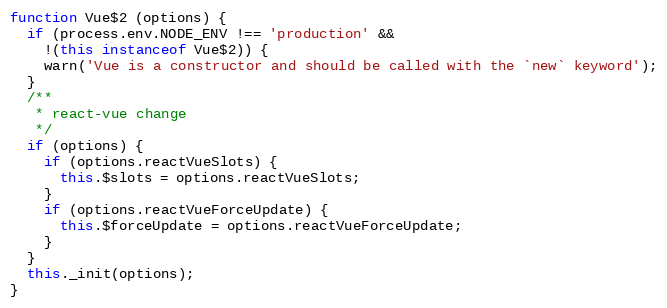
Language: JavaScript
function Vue$2 (options) {
  if (process.env.NODE_ENV !== 'production' &&
    !(this instanceof Vue$2)) {
    warn('Vue is a constructor and should be called with the `new` keyword');
  }
  /**
   * react-vue change
   */
  if (options) {
    if (options.reactVueSlots) {
      this.$slots = options.reactVueSlots;
    }
    if (options.reactVueForceUpdate) {
      this.$forceUpdate = options.reactVueForceUpdate;
    }
  }
  this._init(options);
}